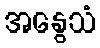
အနွေသံ